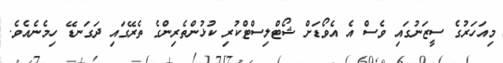
މިއަހަރުގެ ސީޒަނުގައި ވެސް އެ އެވޯޑަށް ޝޯޓްލިސްޓްކުރި ކުޅުންތެރިންގެ ތެރޭގައި ދަގަނޑޭ ހިމެނެއެވެ.